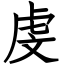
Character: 虔